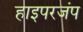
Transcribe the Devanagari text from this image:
हाइपरजंप